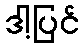
ဒါ့ပြင်